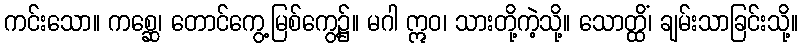
ကင်းသော။ ကစ္ဆေ၊ တောင်ကွေ့မြစ်ကွေ့၌။ မဂါ ဣဝ၊ သားတို့ကဲ့သို့။ သောတ္ထိံ၊ ချမ်းသာခြင်းသို့။